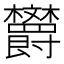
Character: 𪴦